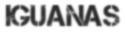
IGUANAS